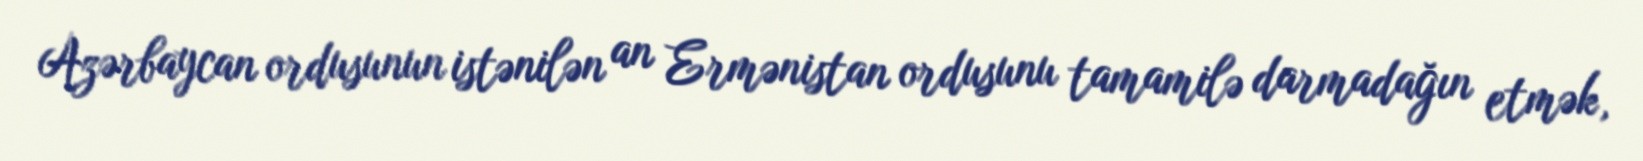
Azərbaycan ordusunun istənilən an Ermənistan ordusunu tamamilə darmadağın etmək,